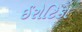
ઈરોટિકા